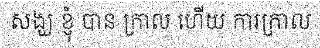
សង្ឃ ខ្ញុំ បាន ក្រាល ហើយ ការក្រាល